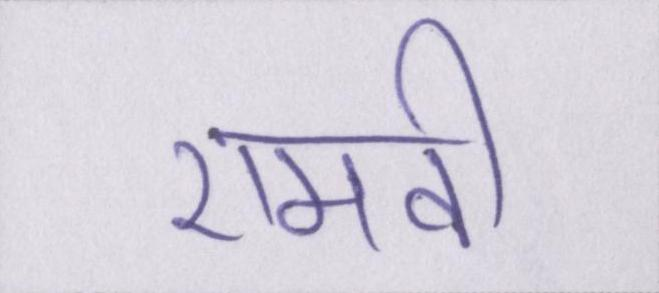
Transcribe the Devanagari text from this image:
एमवी